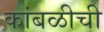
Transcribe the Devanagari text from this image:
कांबळीची